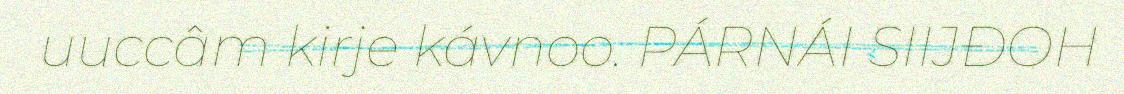
uuccâm kirje kávnoo. PÁRNÁI SIIJĐOH